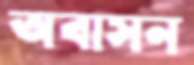
অবাসন